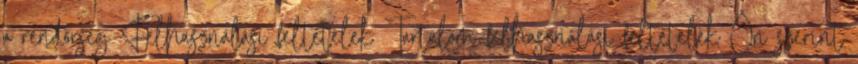
a rendőrség Felhasználási feltételek Tartalom felhasználási feltételek Ön szerint